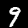
Digit: 9